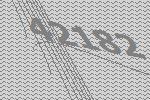
42182